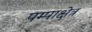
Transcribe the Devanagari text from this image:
पम्पाक्षेत्र